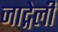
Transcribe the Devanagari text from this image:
जाद्गेली